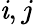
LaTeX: \mathit{i},j